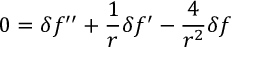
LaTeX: \displaystyle { 0 = \delta f ^ { \prime \prime } + \frac { 1 } { r } \delta f ^ { \prime } - \frac { 4 } { r ^ { 2 } } \delta f }